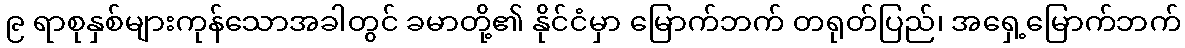
၉ ရာစုနှစ်များကုန်သောအခါတွင် ခမာတို့၏ နိုင်ငံမှာ မြောက်ဘက် တရုတ်ပြည်၊ အရှေ့မြောက်ဘက်